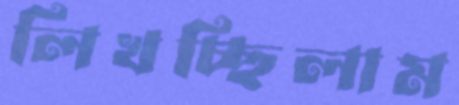
লিখচ্ছিলাম